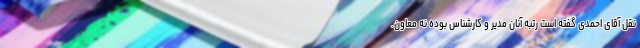
نقل آقای احمدی گفته است رتبه آنان مدیر و ‌کارشناس بوده نه معاون.